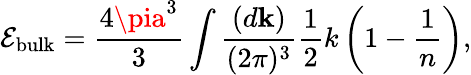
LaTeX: \mathcal{E}_{\mathrm{{bulk}}}={\frac{{4\pia^{3}}}{{3}}}\int{\frac{{(d{\mathbf{k}})}}{{(2\pi)^{3}}}}{\frac{{1}}{{2}}}k\left(1-{\frac{{1}}{{n}}}\right),